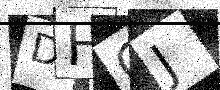
Text: DHCJ